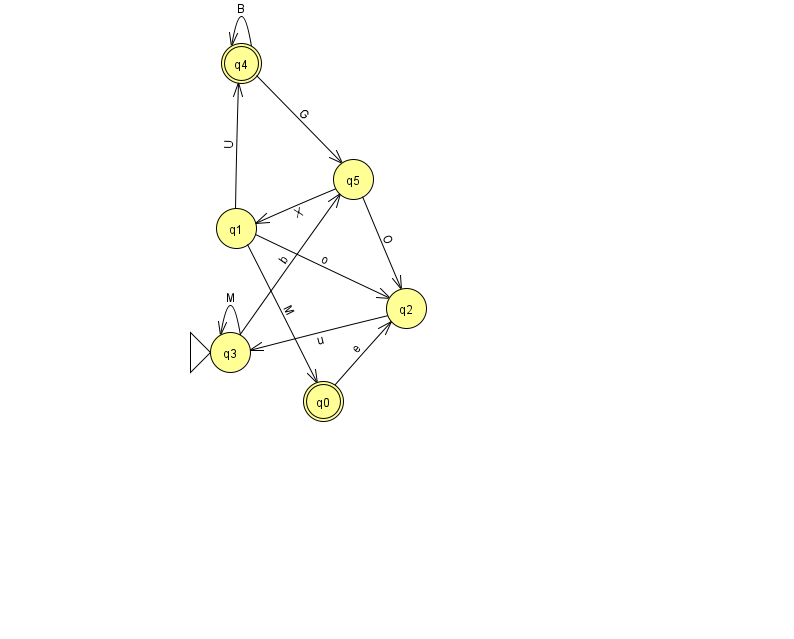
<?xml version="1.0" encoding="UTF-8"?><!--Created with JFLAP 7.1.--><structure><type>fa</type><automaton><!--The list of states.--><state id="0" name="q0"><x>323.0</x><y>388.0</y><final/></state><state id="1" name="q1"><x>236.0</x><y>215.0</y></state><state id="2" name="q2"><x>406.0</x><y>295.0</y></state><state id="3" name="q3"><x>230.0</x><y>339.0</y><initial/></state><state id="4" name="q4"><x>241.0</x><y>50.0</y><final/></state><state id="5" name="q5"><x>353.0</x><y>166.0</y></state><!--The list of transitions.--><transition><from>3</from><to>5</to><read>b</read></transition><transition><from>1</from><to>2</to><read>o</read></transition><transition><from>1</from><to>4</to><read>U</read></transition><transition><from>4</from><to>5</to><read>G</read></transition><transition><from>1</from><to>0</to><read>M</read></transition><transition><from>4</from><to>4</to><read>B</read></transition><transition><from>5</from><to>2</to><read>O</read></transition><transition><from>0</from><to>2</to><read>e</read></transition><transition><from>5</from><to>1</to><read>X</read></transition><transition><from>2</from><to>3</to><read>u</read></transition><transition><from>3</from><to>3</to><read>M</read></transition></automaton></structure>